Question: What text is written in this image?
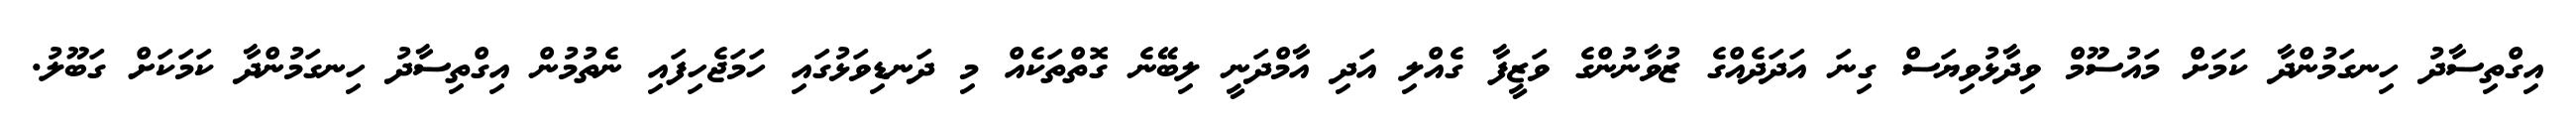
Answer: އިގްތިސާދު ހިނގަމުންދާ ކަމަށް މައުސޫމް ވިދާޅުވިޔަސް ގިނަ އަދަދެއްގެ ޒުވާނުންގެ ވަޒީފާ ގެއްލި އަދި އާމްދަނީ ލިބޭނެ ގޮތްތަކެއް މި ދަނޑިވަޅުގައި ހަމަޖެހިފައި ނެތުމުން އިގްތިސާދު ހިނގަމުންދާ ކަމަކަށް ގަބޫލު.